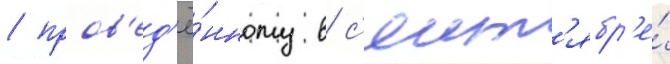
/ пров'ед'ё́нному в с'ент'ябр'е́